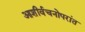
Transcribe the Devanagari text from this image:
आशीर्वचनोपरांत